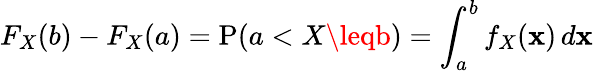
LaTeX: F_{X}(b)-F_{X}(a)=\operatorname{P}(a<X\leqb)=\int_{a}^{b}f_{X}(\mathbf{x})\, d\mathbf{x}